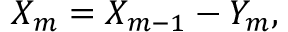
X _ { m } = X _ { m - 1 } - Y _ { m } ,